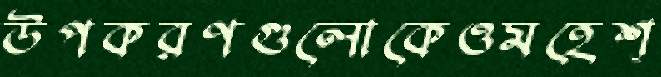
উপকরণগুলোকেওমহেশ্